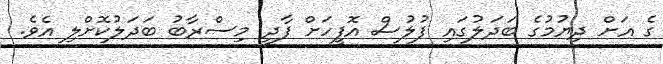
ގެ އަށް ދިޔުމުގެ ބަދަލުގައި ފުލުސް އޮފީހަށް ފާދީ މިސްރާބު ބަދަލުކޮށްލި އެވެ.